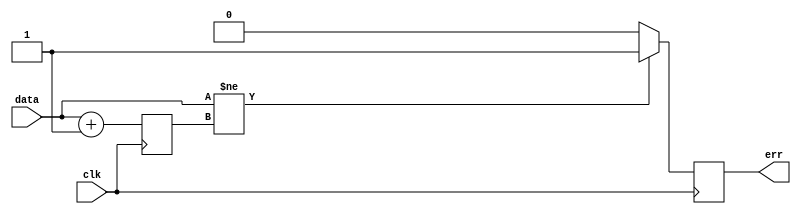
`timescale 1ns / 1ps
//////////////////////////////////////////////////////////////////////////////////
// Company: 
// Engineer: 
// 
// Design Name: 
// Module Name:    checkser 
// Project Name: 
// Target Devices: 
// Tool versions: 
// Description: 
//
// Dependencies: 
//
// Revision: 
// Revision 0.01 - File Created
// Additional Comments: 
//
//////////////////////////////////////////////////////////////////////////////////
module checkser(
    input [15:0] data,
    input clk,
    output reg err
    );

	reg [16:0] last=0;

	always @ (posedge clk) begin
		if (data != last[15:0]) err <= 1;
		else err <= 0;
		last <= data + 1;
	end


endmodule